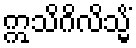
ဣသိဂိလိသ္မိံ